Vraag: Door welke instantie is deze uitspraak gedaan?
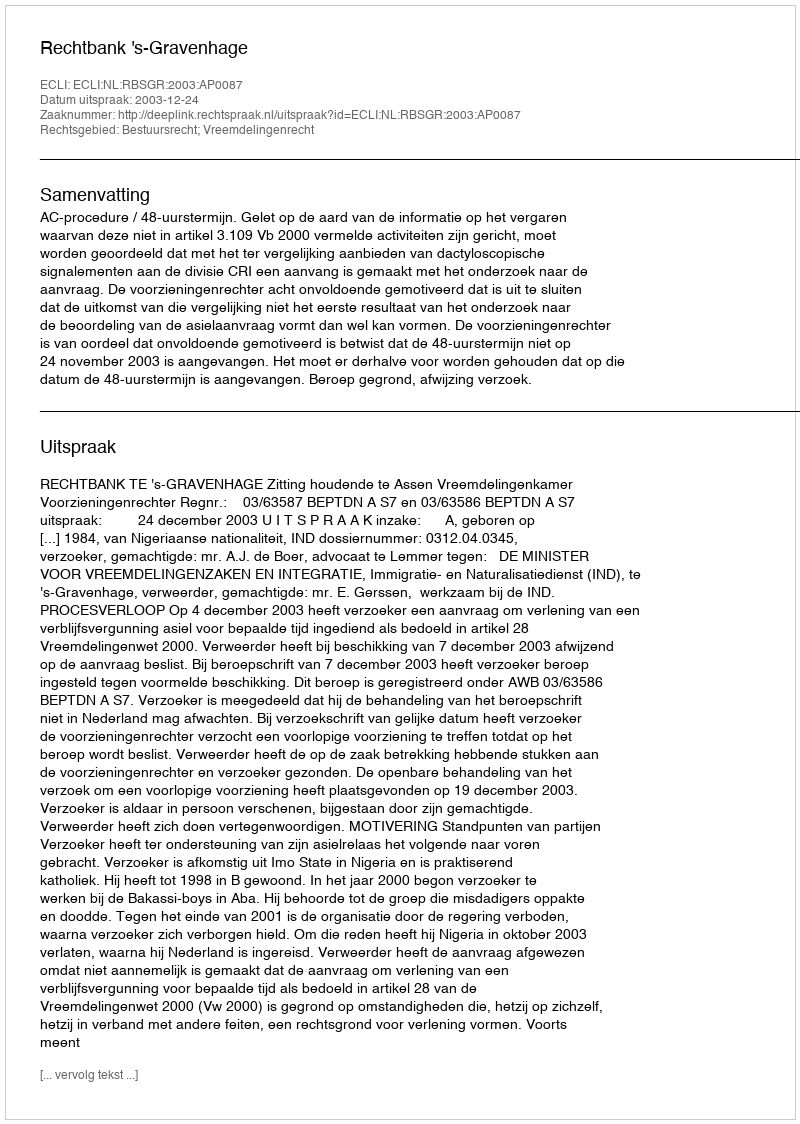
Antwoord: Rechtbank 's-Gravenhage